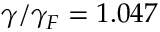
\gamma / \gamma _ { F } = 1 . 0 4 7